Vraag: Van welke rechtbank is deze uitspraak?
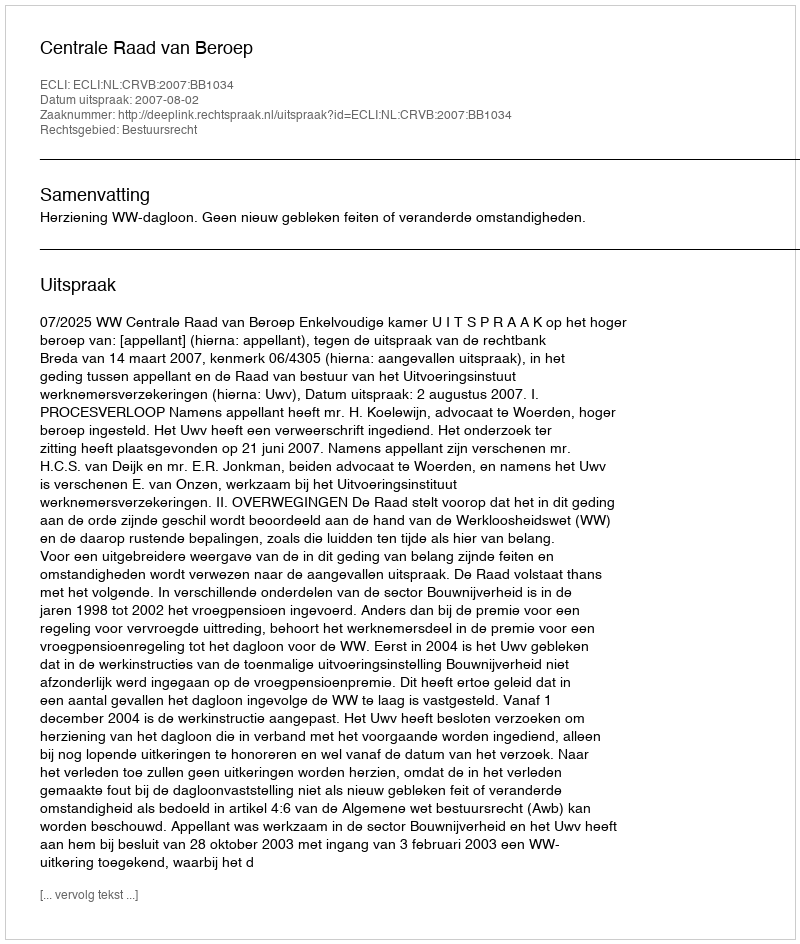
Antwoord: Centrale Raad van Beroep